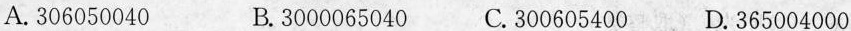
A.306050040 B.3000065040 C.300605400 D.365004000